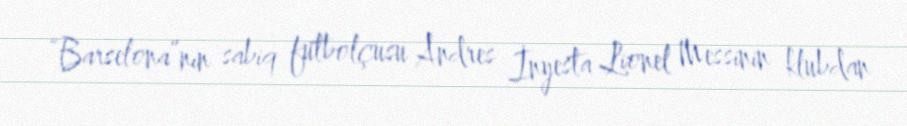
“Barselona”nın sabiq futbolçusu Andres İnyesta Lionel Messinin klubdan